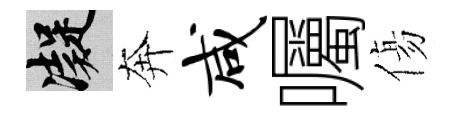
凝奔咸囑傷